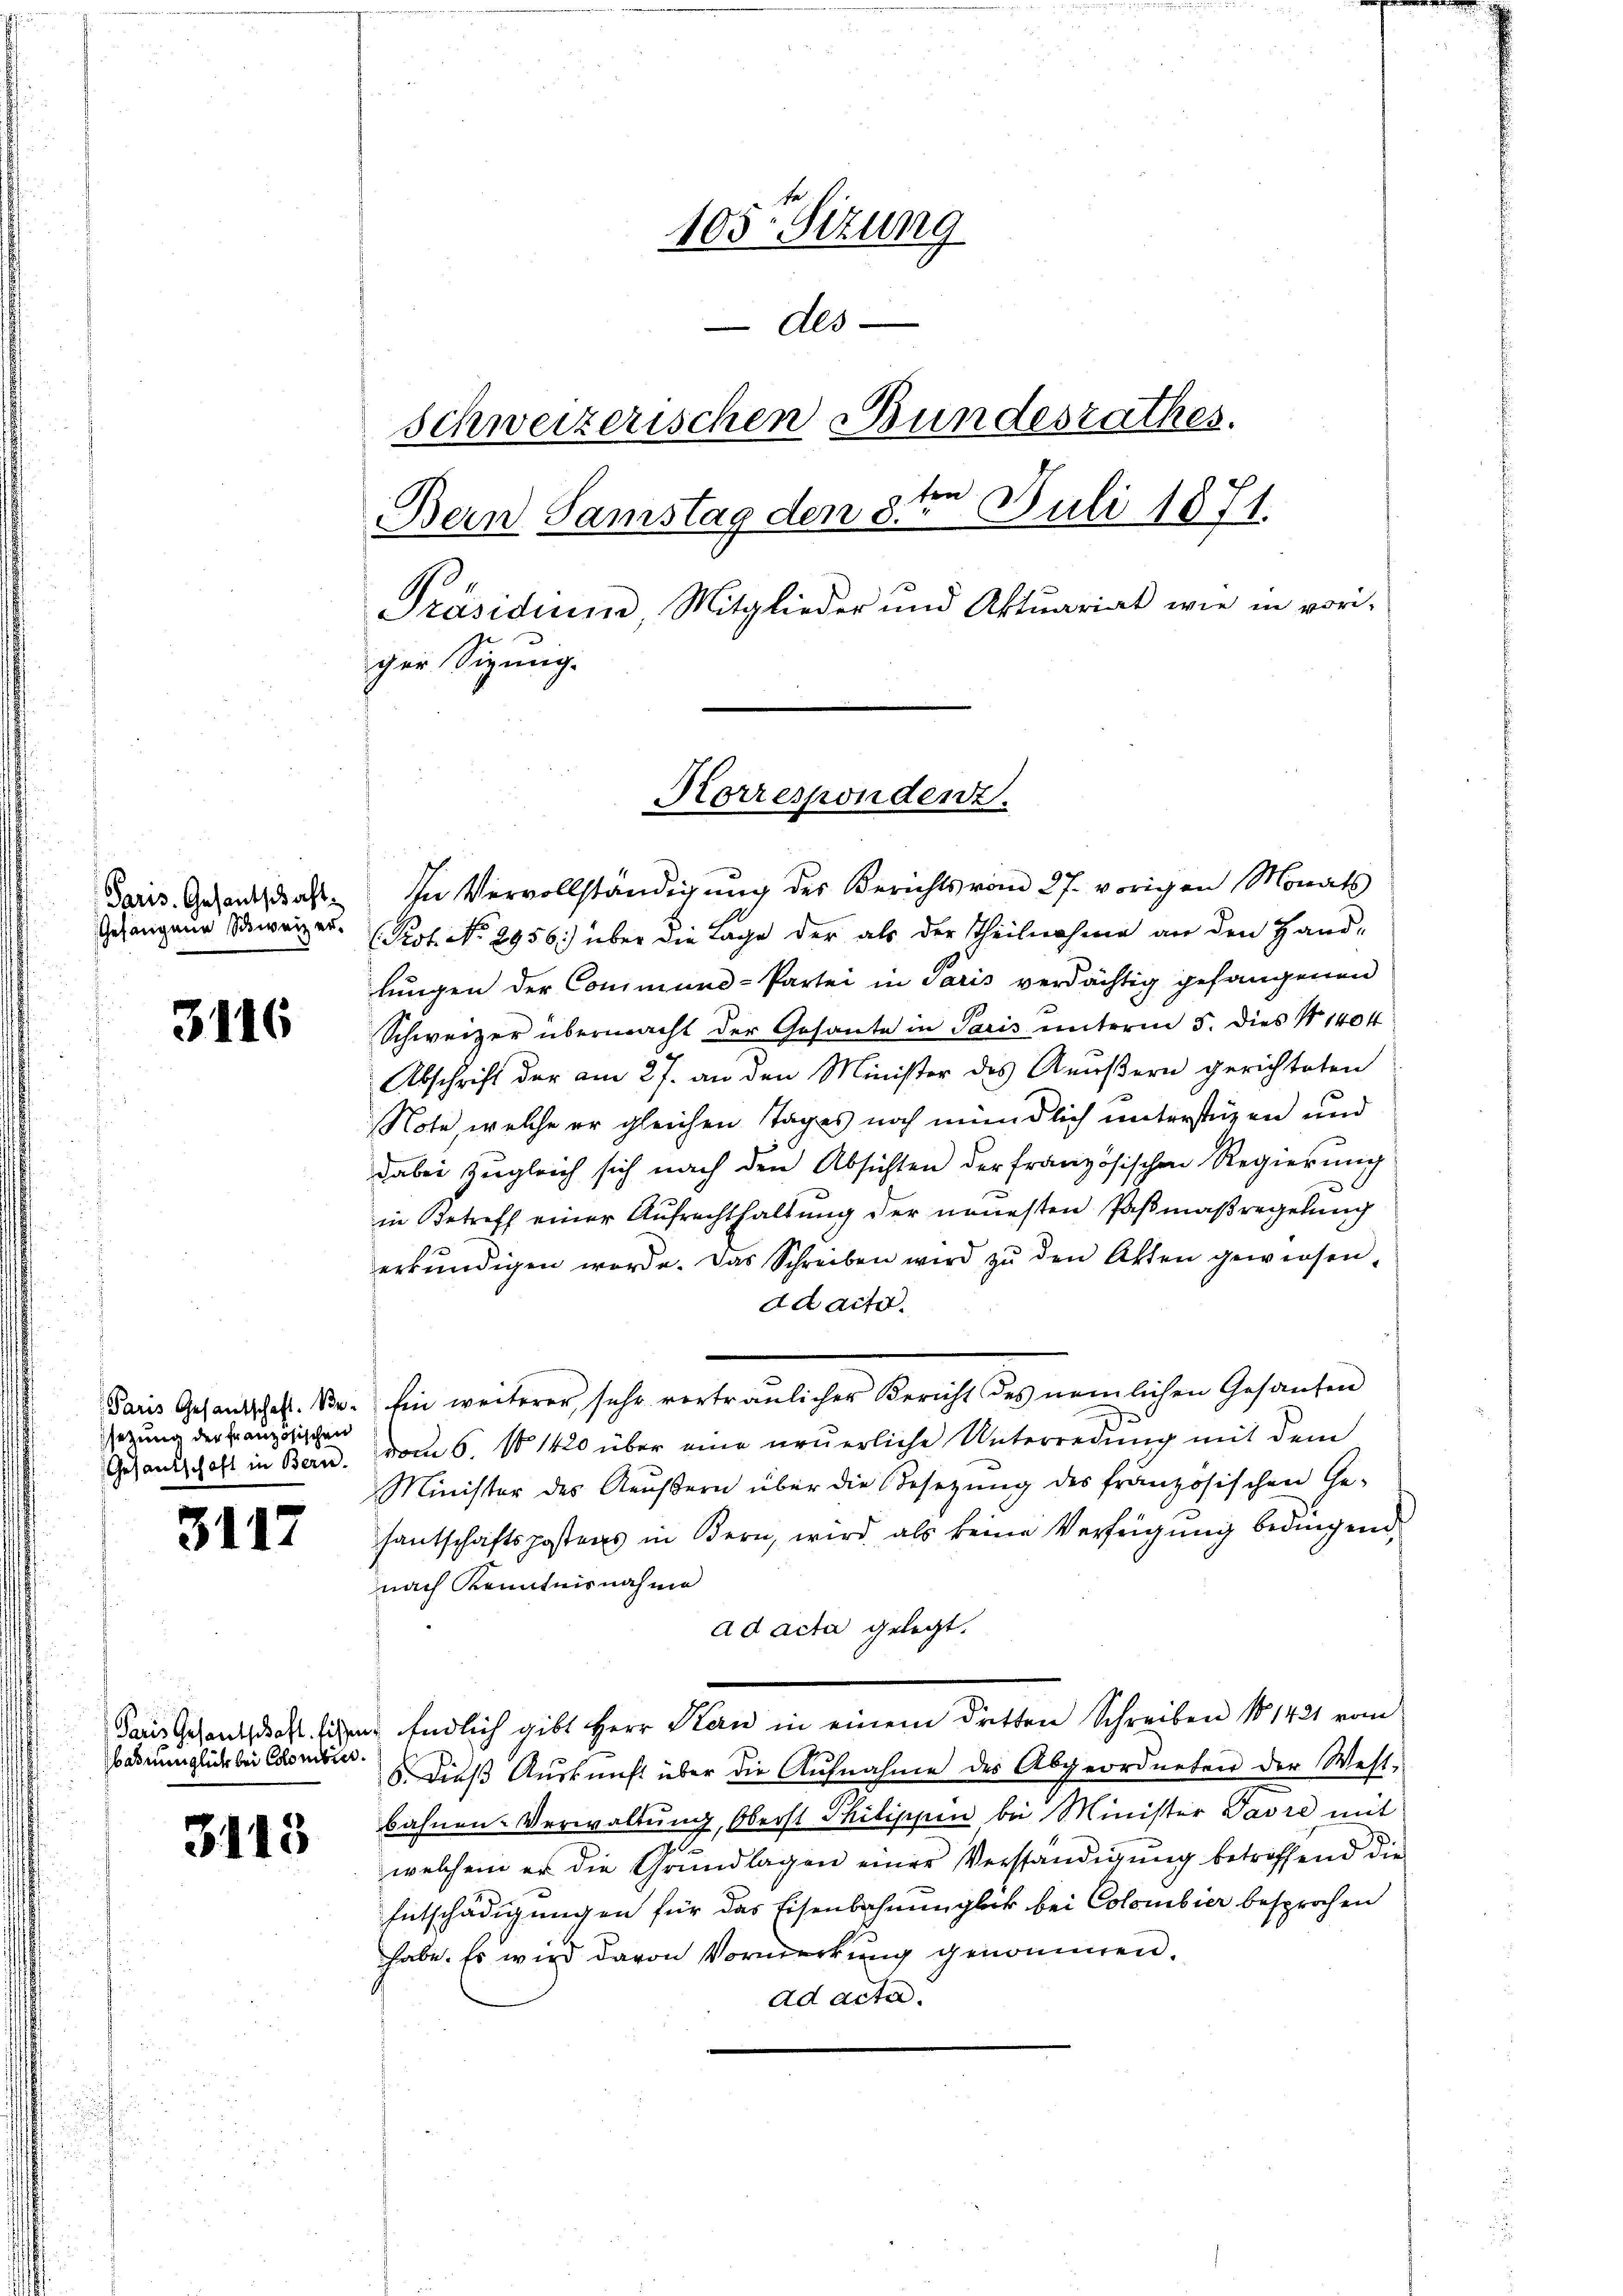
Paris. Gesantschaft
Gefangene Schweizer.

3116

setzung der französischen

31/

17

Batinniglich bei Colombier.

3113

se
105. Sizung
Als
schweizerischen Bundesrathes.
Bern Samstag den 8ten Juli 1871.
Präsidium Mitglieder und Aktuariat wie in vor-
ger Sitzung.

In Vervollständigung des Berichts vom 27. vorigen Monats
(Prot. No. 2956.) über die Lage der als der Theilnahme an den Hand-
lungen der Commund-Partei in Paris verdächtig gefangenen
Schweizer übermacht der Gesante in Paris unterm 5. Dies § 1404
Abschrift der am 27. an den Minister des Aeußern gerichteten
Note welche er gleichen Tages noch mündlich unterstüzen und
dabei zugleich sich nach den Absichten der französischen Regierung
in Betreff einer Aufrechthaltung der neuesten Paßmaßregelung
erkŭndigen worde. Das Schreiben wird zŭ den Akten gewiesen,
ad acter.
Paris Gesandschaft. Be. Ein weiterer, sehr vertraulicher Bericht des nemlichen Gesanten
De
Gesandschaft in Bern. vom 6. 11420 über eine neuerliche Unterredung mit dem
Minister des Aeußern über die Besetzŭng des französischen Ge-
santschaftspostens in Bern, wird als keine Verfügung bedingen,
nach Kenntnisnahme
ad acta gelegt.
Dans Gesandschaft sichen Endlich gibt Herr Kern in einem dritten Schreiben No 1421 vom
6. dieβ Aŭskŭnft über die Aufnahme des Abgeordneten der West-
bahnen-Verwaltung, Oberst Philischen bei Minister Pavre mit
welchem er die Grŭndlagen einer Verständigŭng betreffend die
Entschädigungen für das Eisenbahnungleck bei Colombier besprochen
habe. Es wird davon Vormerkung genommen.
ad acter.

Korrespondent.